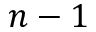
n - 1